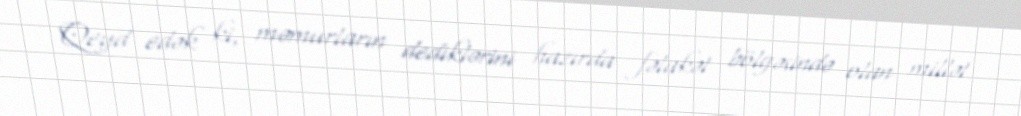
Qeyd edək ki, məmurların dediklərini hazırda fəlakət bölgəsində olan millət